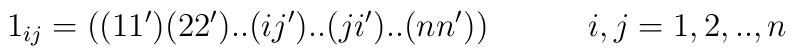
1_{ij} = ((11')(22')..(ij')..(ji')..(nn'))\hspace{.5in} i,j =1,2,..,n